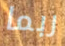
ربما